Annual report of the Central Committee of the Association together with the report of the directors of the Pasteur Institute at Kasauli
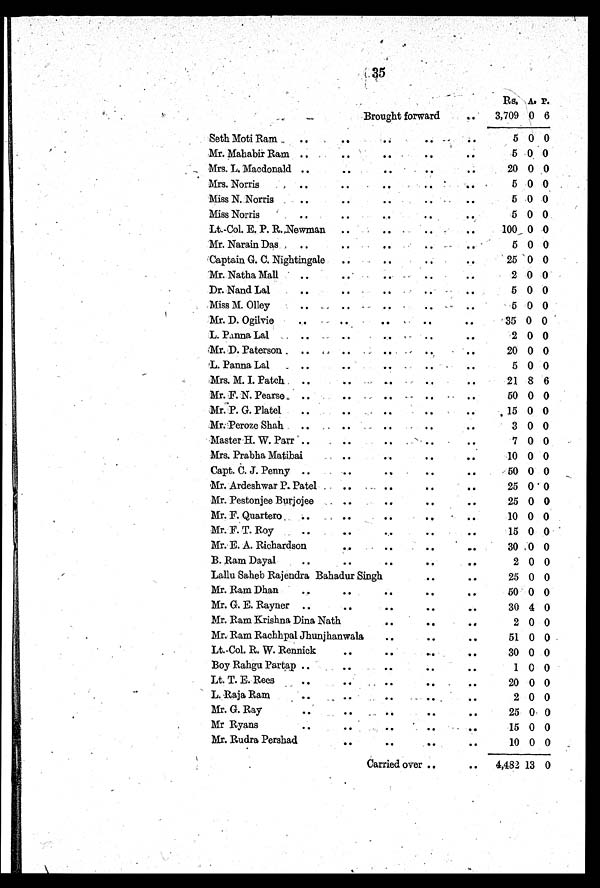
35
Rs.A. P.
Brought forward
3,709 0 6
Seth Moti Ram
5 0 0
Mr. Mahabir Ram
5 0 0
Mrs. L. Macdonald
20 0 0
Mrs. Norris
5 0 0
Miss N. Norris
5 0 0
Miss Norris
5 0 0
Lt.-Col. E. P. R. Newman
100 0 0
Mr. Narain Das
5 0 0
Captain G. C. Nightingale
25 0 0
'Mr. Natha Mall
.
2 0 0
Dr. Nand Lal
5 0 0
Miss M. Olley
5 0 0
Mr. D. Ogilvie
35 0 0
L. Panna Lal
2 0 0
Mr. D. Paterson
20 0 0
L. Panna Lal
5 0 0
Mrs. M. I. Patch
21 8 6
Mr. F. N. Pearse
50 0 0
Mr.P. G. Platel.
15 0 0
Mr.Peroze Shah
3 0 0
Master H. W. Parr
7 0 0
Mrs. Prabha Matibai
10 0 0
Capt. C. J. Penny
50 0 0
Mr. Ardeshwar P. Patel
25 0 0
Mr. Pestonjee Burjojee
25 0 0
Mr. F. Quartero
10 0 0
Mr. F. T. Roy
.
15 0 0
Mr. E. A. Richardson
30 0 0
B. Ram Dayal
2 0 0
Lallu Saheb Rajendra Bahadur Singh
25 0 0
Mr. Ram Dhan
5 0
0 0
Mr. G. E. Rayner
30 4 0
Mr. Ram Krishna Dina Nath
2 0 0
Mr. Ram Rachhpal Jhunjhanwala
51 0 0
Lt.-Col. R. W. Rennick
30 0 0
Boy Rahgu Partap
1 0 0
Lt. T. E. Rees
20 0 0
L. Raja Ram
2 0 0
Mr. G. Ray
25 0 0
Mr Ryans
15 0 0
Mr. Rudra Pershad
10 0 0
Carried over
4,482 13 0